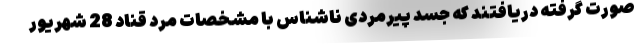
صورت گرفته دریافتند که جسد پیرمردی ناشناس با مشخصات مرد قناد 28 شهریور